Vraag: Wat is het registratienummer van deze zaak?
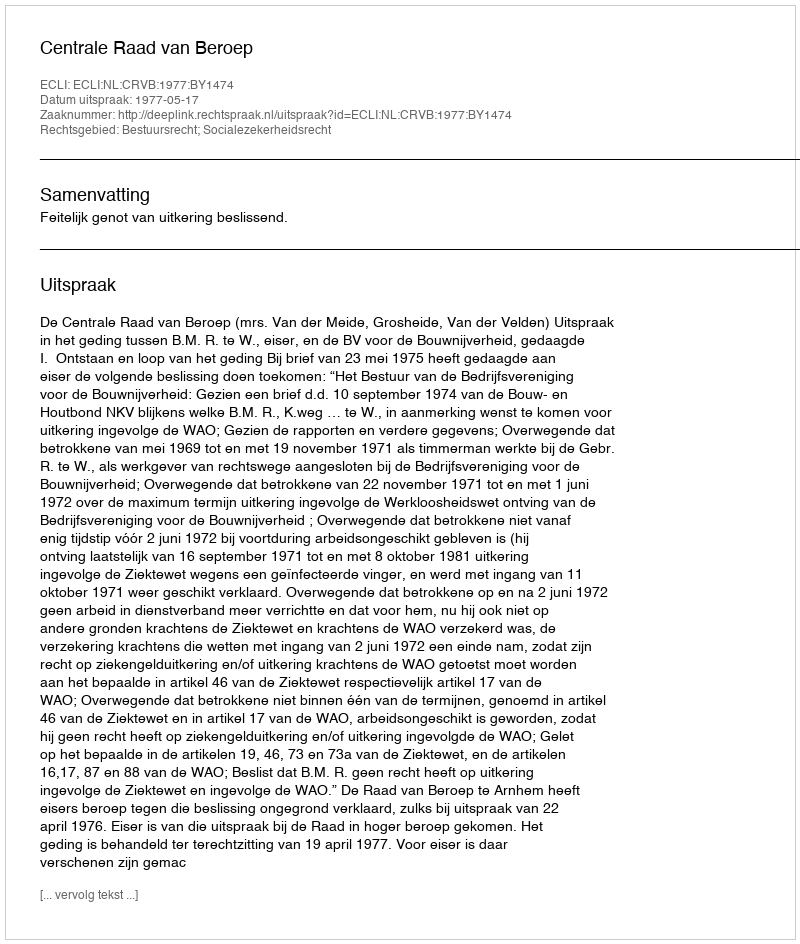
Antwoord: http://deeplink.rechtspraak.nl/uitspraak?id=ECLI:NL:CRVB:1977:BY1474